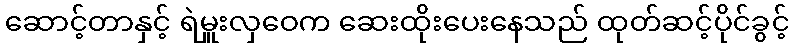
ဆောင့်တာနှင့် ရဲမှူးလှဝေက ဆေးထိုးပေးနေသည် ထုတ်ဆင့်ပိုင်ခွင့်